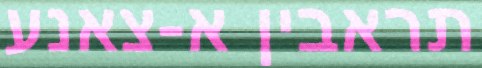
תראבין א-צאנע